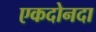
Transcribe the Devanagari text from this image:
एकदोनदा